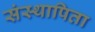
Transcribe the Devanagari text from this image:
संस्थापिता